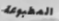
المطبوعة